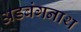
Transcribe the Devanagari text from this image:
अडबंगनाथ